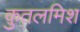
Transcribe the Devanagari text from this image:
क़ुतलमिश